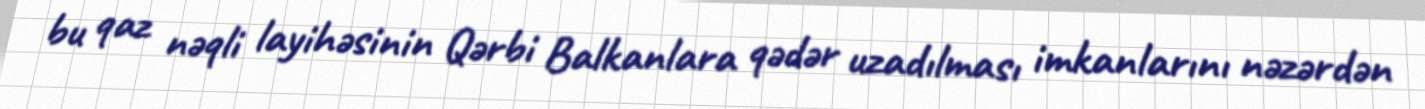
bu qaz nəqli layihəsinin Qərbi Balkanlara qədər uzadılması imkanlarını nəzərdən